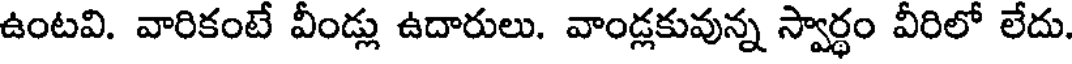
ఉంటవి. వారికంటే వీండ్లు ఉదారులు. వాండ్లకువున్న స్వార్థం వీరిలో లేదు.